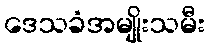
ဒေသခံအမျိုးသမီး